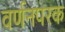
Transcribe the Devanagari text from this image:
वर्णनपरक